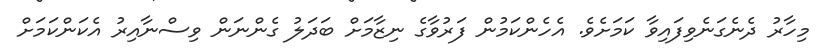
މިހާރު ދެނެގަނެވިފައިވާ ކަމަށެވެ. އެހެންކަމުން ފަރުވާގެ ނިޒާމަށް ބަދަލު ގެންނަން ވިސްނާއިރު އެކަންކަމަށް